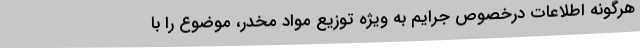
هرگونه اطلاعات درخصوص جرایم به‌ ویژه توزیع مواد مخدر، موضوع را با